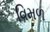
વિમળ